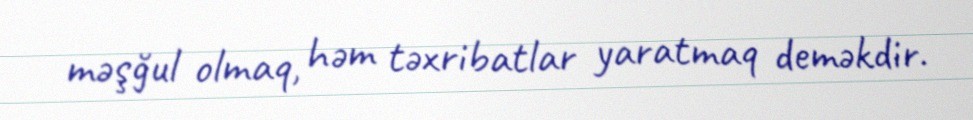
məşğul olmaq, həm təxribatlar yaratmaq deməkdir.